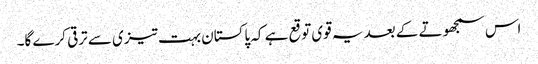
اس سمجھوتے کے بعد یہ قوی توقع ہے کہ پاکستان بہت تیزی سے ترقی کرے گا۔